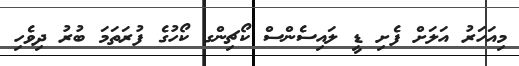
މިއަހަރު އަލަށް ފެށި ޑީ ލައިސެންސް ކޯޗިންގ ކޯހުގެ ފުރަތަމަ ބުރު ދިވެހި